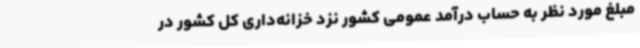
مبلغ مورد نظر به حساب درآمد عمومی کشور نزد خزانه‌داری کل کشور در